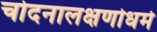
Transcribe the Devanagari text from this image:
चोदनालक्षणोधर्म